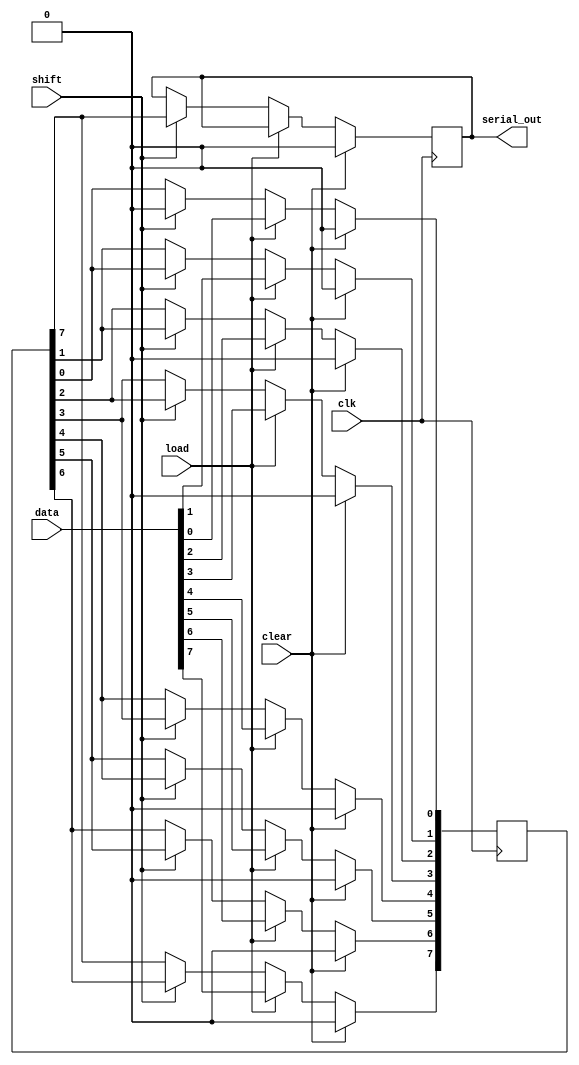
module dynamic_piso_register #(
    parameter N = 8  // Number of bits in the register
)(
    input wire clk,          // Clock input
    input wire load,         // Load control signal
    input wire shift,        // Shift control signal
    input wire clear,        // Clear control signal
    input wire [N-1:0] data, // Parallel input data
    output reg serial_out     // Serial output
);

    reg [N-1:0] input_reg;   // Input register to hold parallel data
    reg [N-1:0] shift_reg;    // Shift register for serial output
    integer i;

    always @(posedge clk) begin
        if (clear) begin
            // Clear all registers
            input_reg <= {N{1'b0}};
            shift_reg <= {N{1'b0}};
            serial_out <= 1'b0;
        end else if (load) begin
            // Load data into the input register
            input_reg <= data;
            shift_reg <= data; // Initialize the shift register with input data
        end else if (shift) begin
            // Shift operation
            serial_out <= shift_reg[N-1]; // Output the MSB (or LSB depending on design)
            for (i = N-1; i > 0; i = i - 1) begin
                shift_reg[i] <= shift_reg[i-1]; // Shift right
            end
            shift_reg[0] <= 1'b0; // Optional: Fill the least significant bit with 0
        end
    end

endmodule